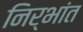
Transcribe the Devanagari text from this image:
निर्भांत